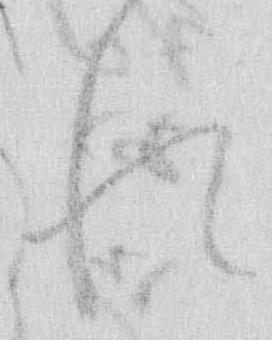
れ